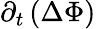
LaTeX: \partial_{t}\left(\Delta\Phi\right)